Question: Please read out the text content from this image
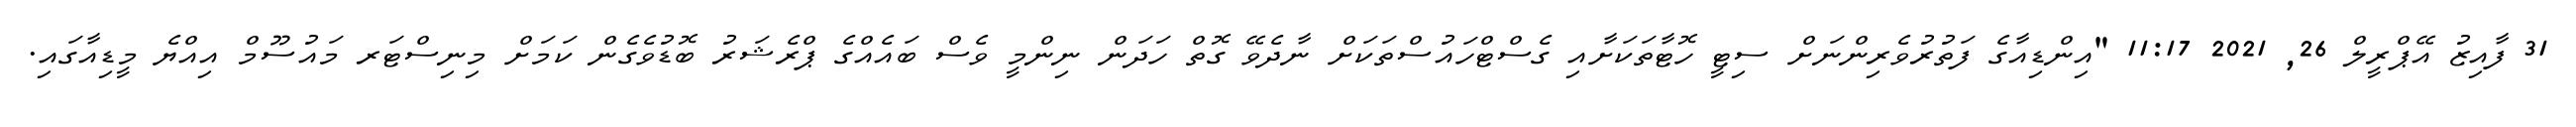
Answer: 31 ފާއިޒު އޭޕްރީލް 26, 2021 11:17 "އިންޑިއާގެ ފަތުރުވެރިންނަށް ސިޓީ ހޮޓާތަކަށާއި ގެސްޓްހައުސްތަކަށް ނާދެވޭ ގޮތް ހަދަން ނިންމީ ވެސް ބައެއްގެ ޕްރެޝަރު ބޮޑުވެގެން ކަމަށް މިނިސްޓަރ މައުސޫމް އިއްޔެ މީޑިއާގައި.